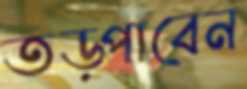
তড়্‌পাবেন